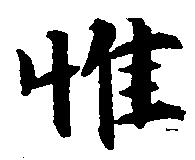
惟